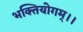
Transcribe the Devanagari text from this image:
भक्तियोगम्‌।।